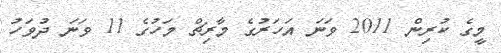
މީގެ ކުރިން 2011 ވަނަ އަހަރުގެ މާރިޗް މަހުގެ 11 ވަނަ ދުވަހު